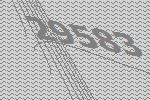
29583